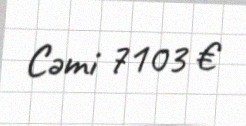
Cəmi 7103 €